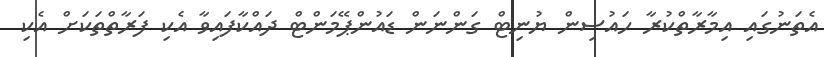
އެތަނުގައި އިމާރާތްކުރާ ހައުސިން ޔުނިޓް ގަންނަން ޑައުންޕޭމަންޓް ދައްކާފައިވާ އެކި ފަރާތްތަކަށް އެކި